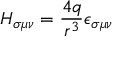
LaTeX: H _ { \sigma \mu \nu } = \frac { 4 q } { r ^ { 3 } } \epsilon _ { \sigma \mu \nu }